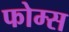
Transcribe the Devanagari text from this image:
फोम्स